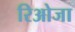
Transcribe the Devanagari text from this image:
रिओजा